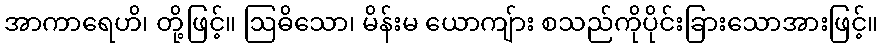
အာကာရေဟိ၊ တို့ဖြင့်။ ဩဓိသော၊ မိန်းမ ယောကျ်ား စသည်ကိုပိုင်းခြားသောအားဖြင့်။